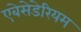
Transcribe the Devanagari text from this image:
एबेसेडेरियम